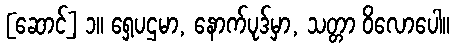
[ဆောင်] ၁။ ရှေ့ပဌမာ, နောက်ပုဒ်မှာ, သတ္တာ ဝိလောပေါ။